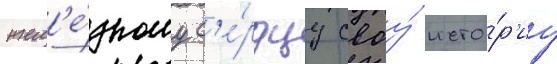
жел'е́зному с'е́рдцу своу́ исто́р'иу